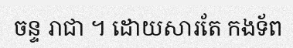
ចន្ទ រាជា ។ ដោយសារតែ កងទ័ព